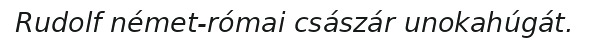
Rudolf német-római császár unokahúgát.